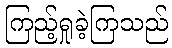
ကြည့်ရှုခဲ့ကြသည်